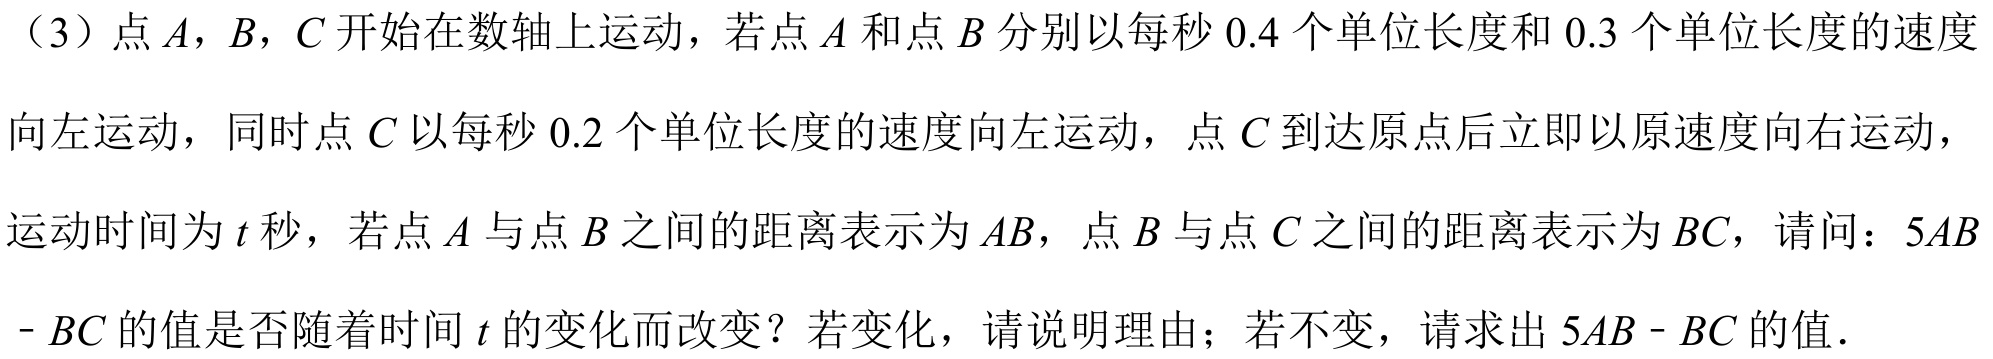
（3）点 \(A\)，\(B\)，\(C\) 开始在数轴上运动，若点 \(A\) 和点 \(B\) 分别以每秒 \(0.4\) 个单位长度和 \(0.3\) 个单位长度的速度向左运动，同时点 \(C\) 以每秒 \(0.2\) 个单位长度的速度向左运动，点 \(C\) 到达原点后立即以原速度向右运动，运动时间为 \(t\) 秒，若点 \(A\) 与点 \(B\) 之间的距离表示为 \(AB\)，点 \(B\) 与点 \(C\) 之间的距离表示为 \(BC\)，请问：\(5AB - BC\) 的值是否随着时间 \(t\) 的变化而改变？若变化，请说明理由；若不变，请求出 \(5AB - BC\) 的值．